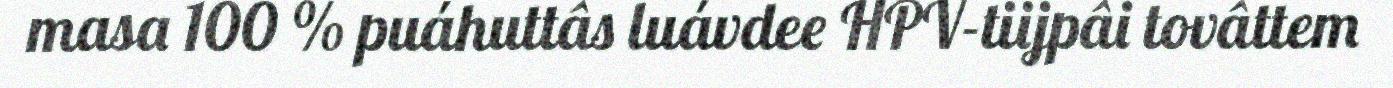
masa 100 % puáhuttâs luávdee HPV-tiijpâi tovâttem